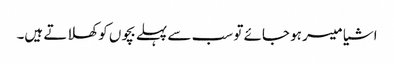
اشیا میسر ہو جائے تو سب سے پہلے بچوں کو کھلاتے ہیں۔